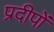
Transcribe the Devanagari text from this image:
प्रदीपों